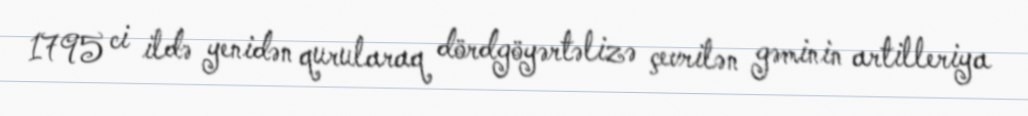
1795 ci ildə yenidən qurularaq dördgöyərtəlizə çevrilən gəminin artilleriya